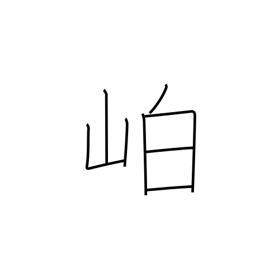
Meaning: dense mountain vegetation